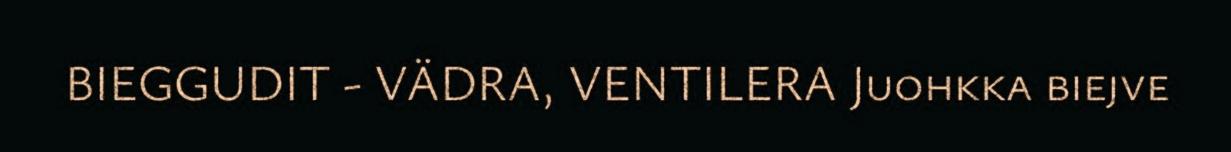
BIEGGUDIT - VÄDRA, VENTILERA Juohkka biejve